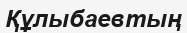
Құлыбаевтың